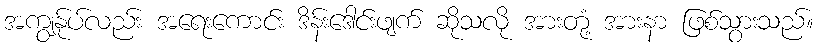
အကျွန်ုပ်လည်း အရေးကောင်း ဒိန်းဒေါင်းဖျက် ဆိုသလို အားတုံ့ အားနာ ဖြစ်သွားသည်။